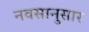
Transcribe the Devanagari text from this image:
नवसानुसार